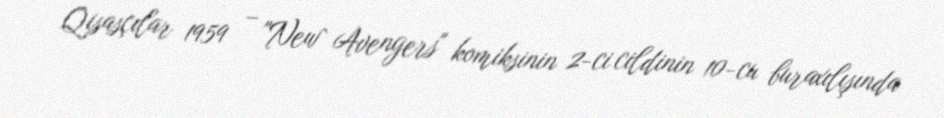
Qisasçılar 1959 – "New Avengers" komiksinin 2-ci cildinin 10-cu buraxılışında